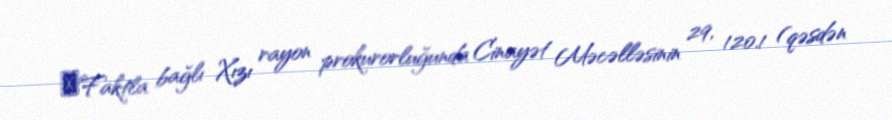
​Faktla bağlı Xızı rayon prokurorluğunda Cinayət Məcəlləsinin 29, 120.1 (qəsdən